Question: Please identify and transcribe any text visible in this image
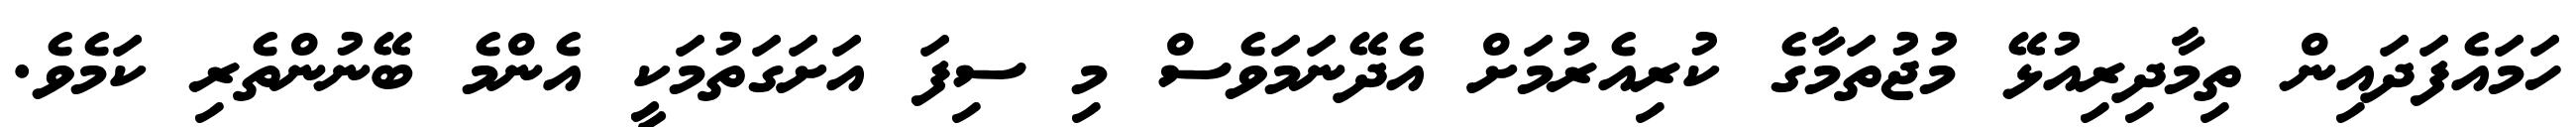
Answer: ހަމައެފަދައިން ތިމާދިރިއުޅޭ މުޖުތަމާގެ ކުރިއެރުމަށް އެދޭނަމަވެސް މި ސިފަ އަށަގަތުމަކީ އެންމެ ބޭނުންތެރި ކަމެވެ.